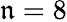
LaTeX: \mathfrak{n}=8